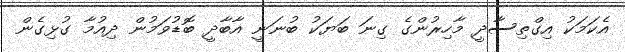
އެކަމަކު އިގްތިސާދީ މާހިރުންގެ ގިނަ ބަޔަކު ބުނަނީ އާބާދީ ބޮޑުވަމުން ދިއުމާ ގުޅިގެން